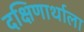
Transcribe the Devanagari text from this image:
दक्षिणार्थाला